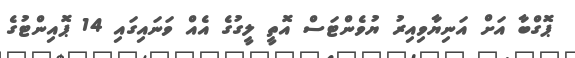
ޕޮގްބާ އަށް އަނިޔާވިއިރު ޔުވެންޓަސް އޮތީ ލީގުގެ އެއް ވަނައިގައި 14 ޕޮއިންޓުގެ